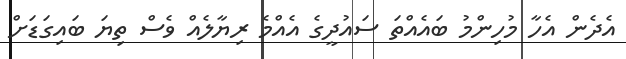
އެދެން އެހާ މުހިންމު ބައެއްތަ ސައުދީގެ އެއްމެ ރިޔާލެއް ވެސް ތިޔަ ބައިގަޑަށް